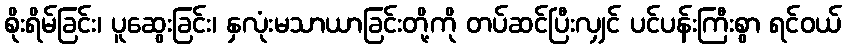
စိုးရိမ်ခြင်း၊ ပူဆွေးခြင်း၊ နှလုံးမသာယာခြင်းတို့ကို တပ်ဆင်ပြီးလျှင် ပင်ပန်းကြီးစွာ ရင်ဝယ်